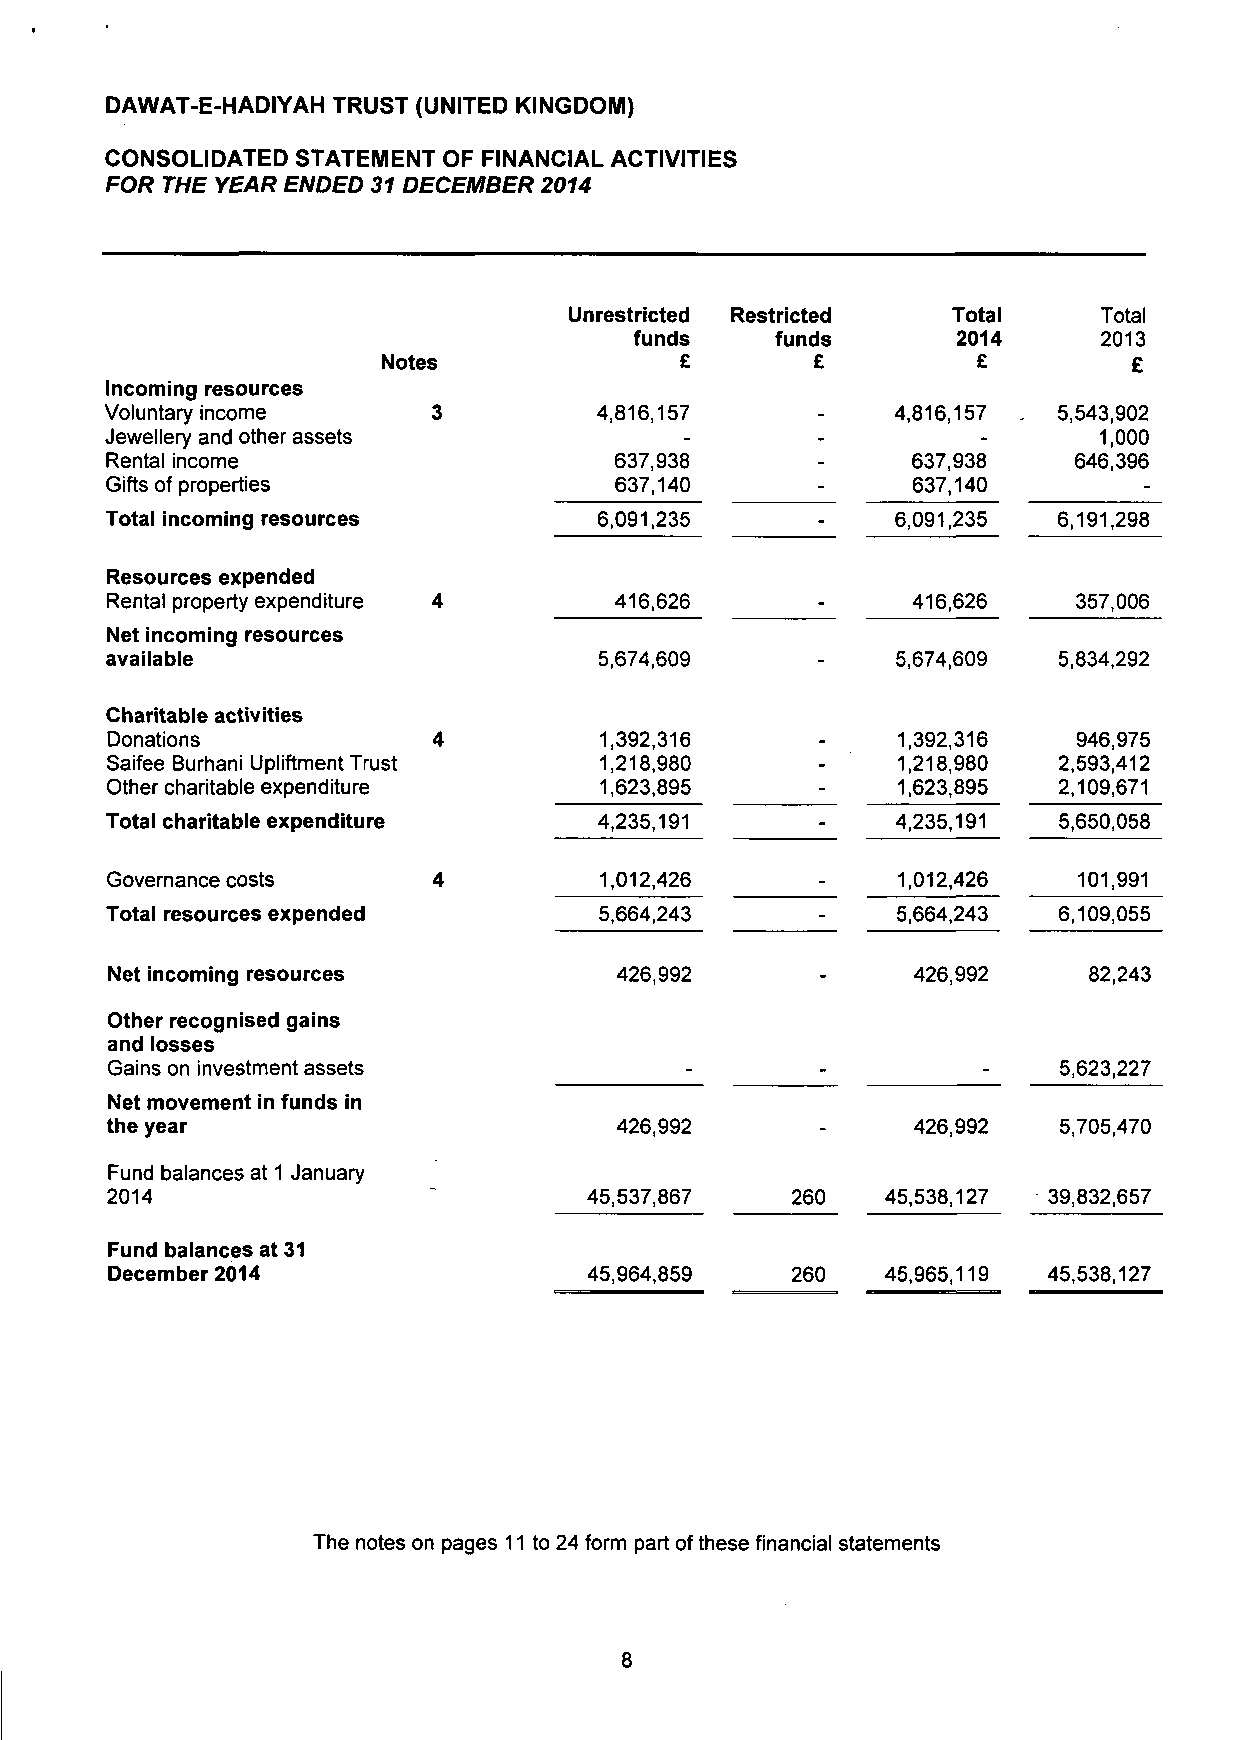
DAWAT-E-HADIYAH TRUST (UNITED KINGDOM)
 CONSOLIDATED STATEMENT OF FINANCIAL ACTIVITIES
 FOR THE YEAR ENDED 31 DECEMBER 2014
 Unrestricted Restricted  Total     Total
 funds    funds       2014      2013
 Notes               £        £          £         £
 Incoming resources
 Voluntary income      3          4,816,157     -    4,816,157 . 5,543,902
 Jewellery and other assets            -        -          -       1,000
 Rental income                     637,938      -     637,938    646,396
 Gifts of properties               637,140      -     637,140         -
 Total incoming resources         6,091,235     -    6,091,235  6,191,298
 Resources expended
 Rental property expenditure 4     416,626      -     416,626    357,006
 Net incoming resources
 available                        5,674,609     -    5,674,609  5,834,292
 Charitable activities
 Donations             4          1,392,316     -    1,392,316   946,975
 Saifee Burhani Upliftment Trust  1,218,980     -    1,218,980  2,593,412
 Other charitable expenditure     1,623,895     -    1,623,895  2,109,671
 Total charitable expenditure     4,235,191     -    4,235,191  5,650,058
 Governance costs      4          1,012,426     _    1,012,426   101,991
 Total resources expended         5,664,243     -    5,664,243  6,109,055
 Net incoming resources            426,992      -     426,992     82,243
 Other recognised gains
 and losses
 Gains on investment assets            -        -          -    5,623,227
 Net movement in funds in
 the year                          426,992      -     426,992   5,705,470
 Fund balances at 1 January
 2014                            45,537,867   260    45,538,127 39,832,657
 Fund balances at 31
 December 2014                   45,964,859   260    45,965,119 45,538,127
 The notes on pages 11 to 24 form part of these financial statements
 8